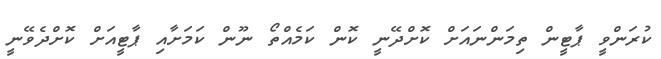
ކުރަންވީ ޕާޓީން ތިމަންނައަށް ކޮށްދޭނީ ކޮން ކަމެއްތޯ ނޫން ކަމަށާއި ޕާޓީއަށް ކޮށްދެވޭނީ